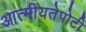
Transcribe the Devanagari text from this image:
आत्मीयतेपोटी